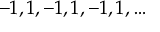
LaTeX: - 1 , 1 , - 1 , 1 , - 1 , 1 , \ldots